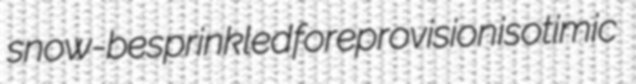
snow-besprinkled foreprovision isotimic